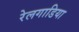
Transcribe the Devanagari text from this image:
रेलगाडिया